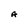
Character: A